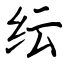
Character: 纭